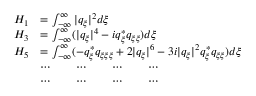
\begin{array} { r l } { H _ { 1 } } & { = \int _ { - \infty } ^ { \infty } | q _ { \xi } | ^ { 2 } d \xi } \\ { H _ { 3 } } & { = \int _ { - \infty } ^ { \infty } ( | q _ { \xi } | ^ { 4 } - i q _ { \xi } ^ { * } q _ { \xi \xi } ) d \xi } \\ { H _ { 5 } } & { = \int _ { - \infty } ^ { \infty } ( - q _ { \xi } ^ { * } q _ { \xi \xi \xi } + 2 | q _ { \xi } | ^ { 6 } - 3 i | q _ { \xi } | ^ { 2 } q _ { \xi } ^ { * } q _ { \xi \xi } ) d \xi } \\ & { \cdots \qquad \cdots \qquad \cdots \qquad \cdots } \\ & { \cdots \qquad \cdots \qquad \cdots \qquad \cdots } \end{array}